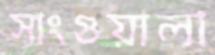
সাংগুয়ালা